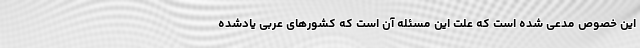
این خصوص مدعی شده است که علت این مسئله آن است که کشورهای عربی یادشده